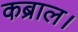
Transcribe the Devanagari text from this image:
कब्राल।